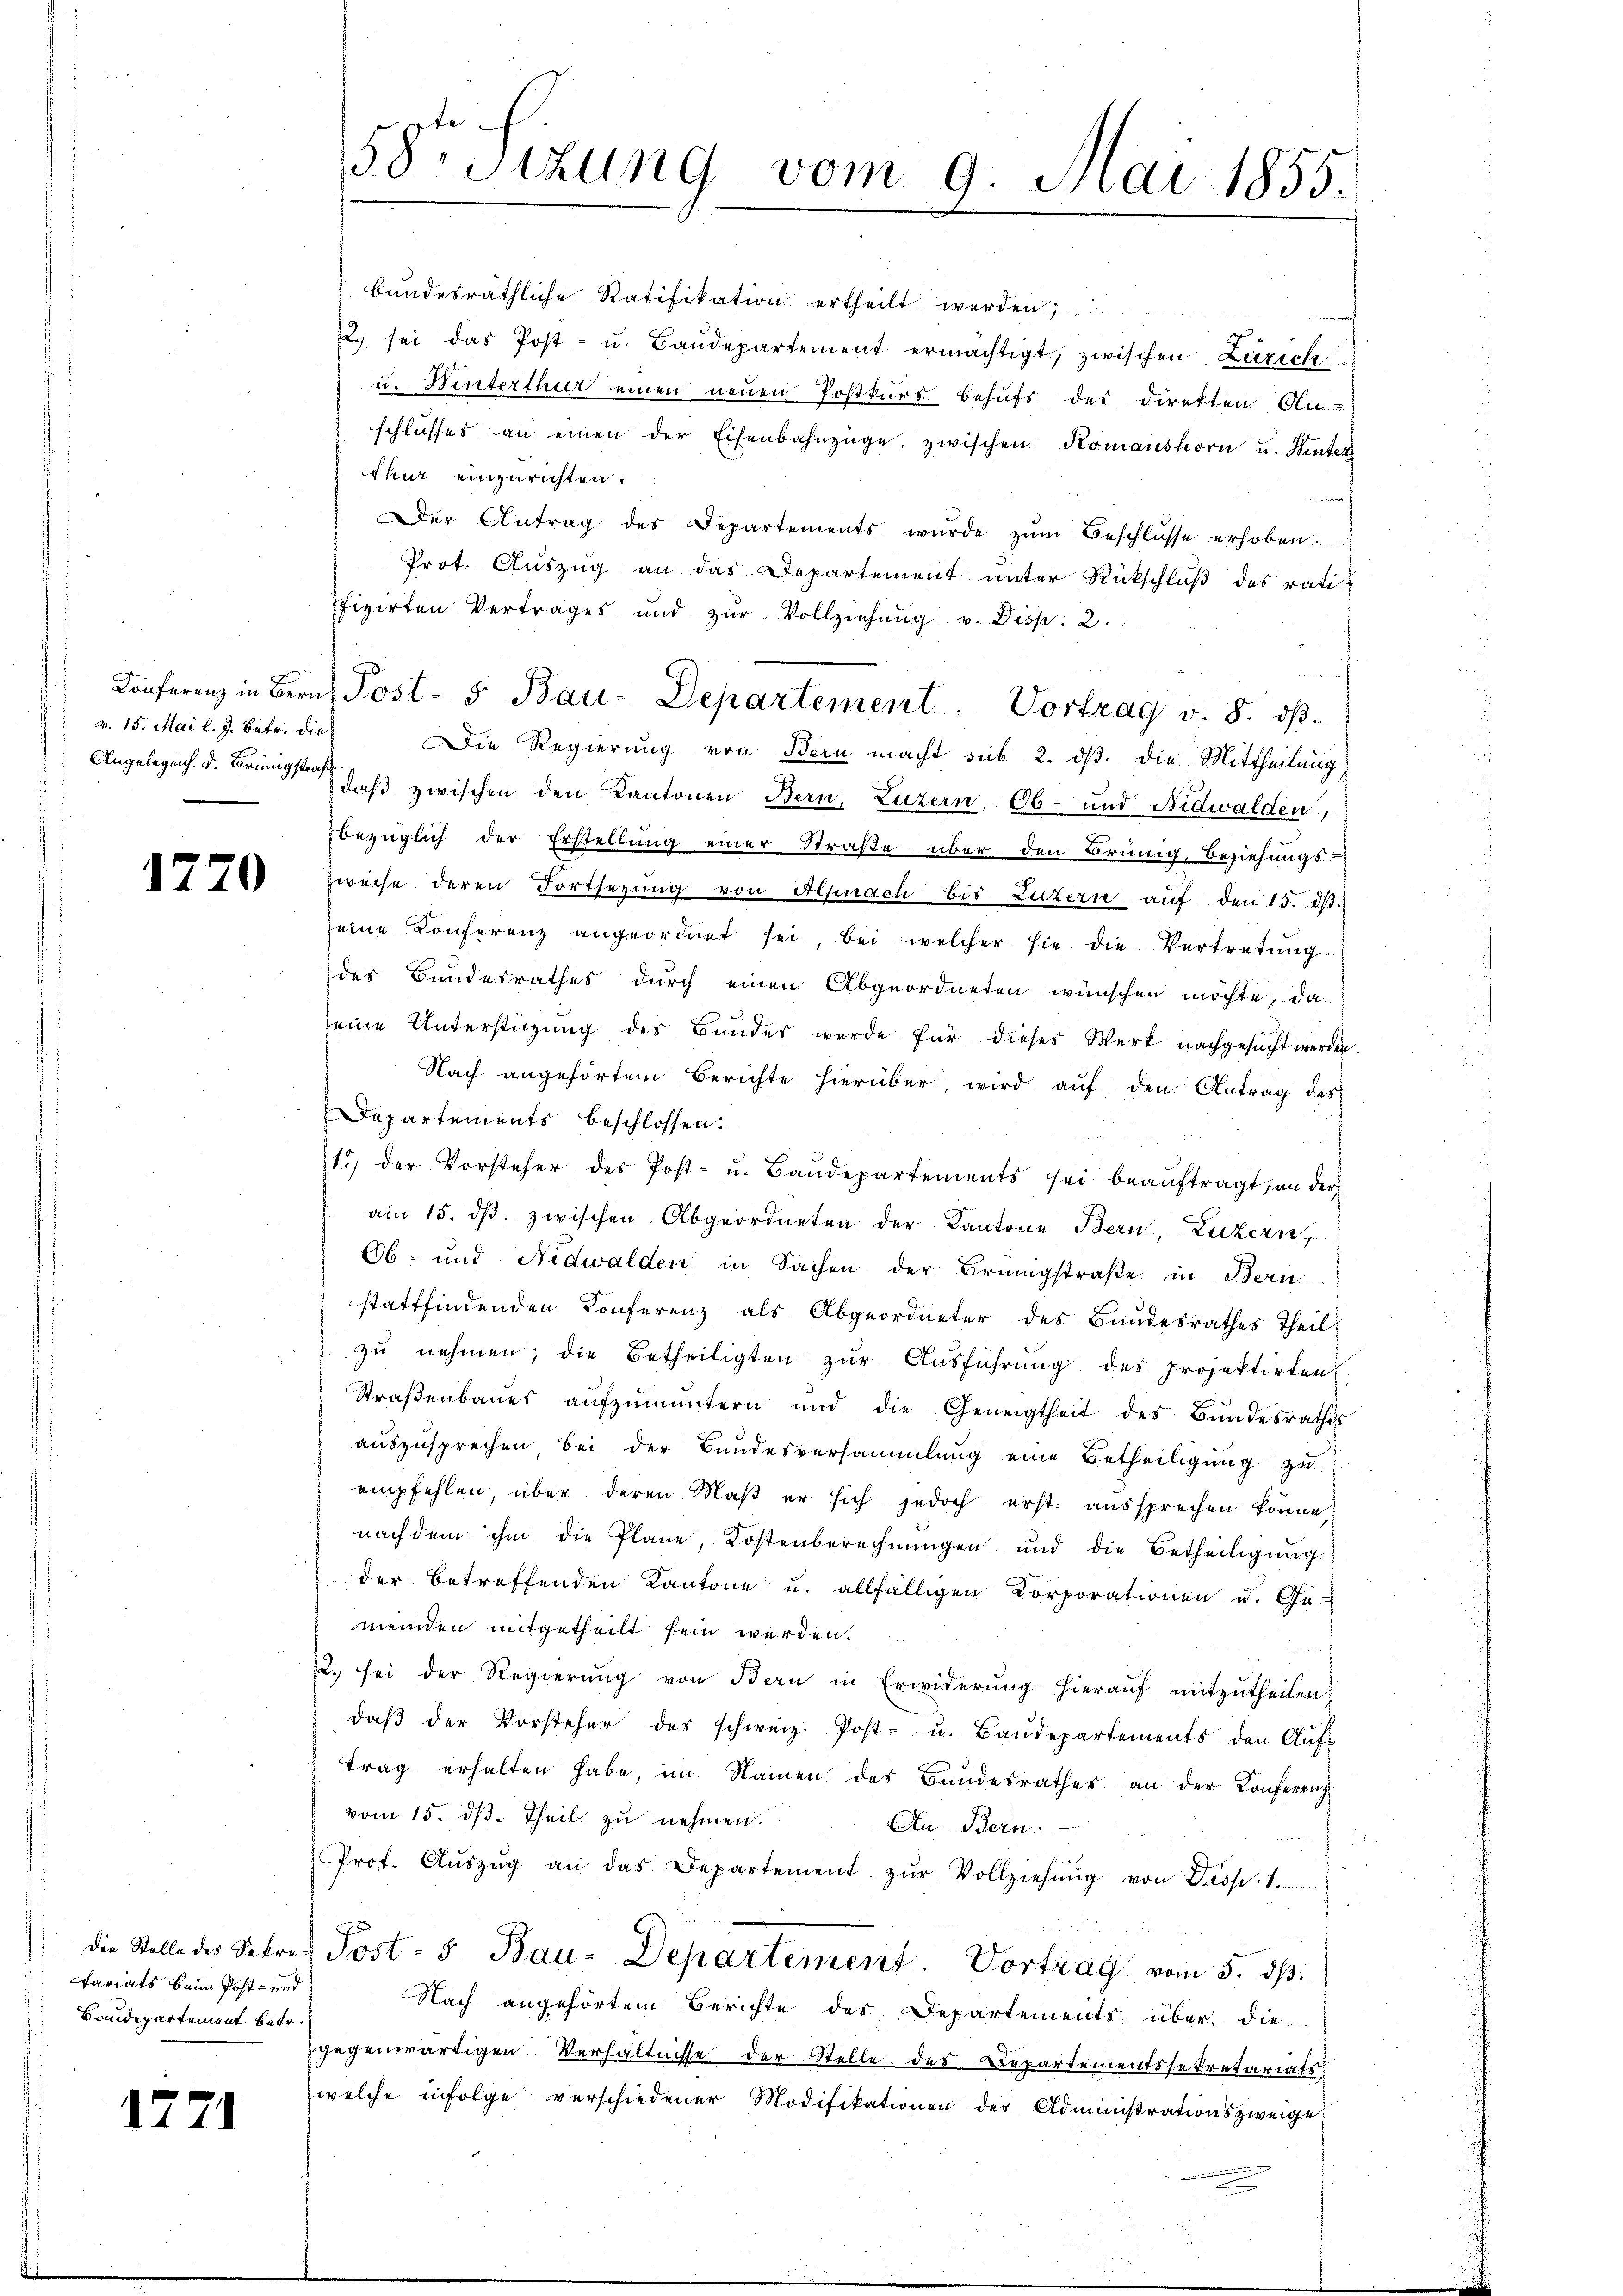
v. 15. Mai l. J. Betr. die
Angelegenh. d. Brünigstraß

1270

tariats beim Post- und
Baudepartement betr.

1771

bundesräthliche Ratifikation ertheilt werden;
2. sei das Post- u. Baŭdepartement ermächtigt, zwischen Zürich
u. Winterthur einen neuen Postkurs behufs des Direkten An-
schlŭsses an einen der Eisenbahnzüge, zwischen Komanshorn u. Winter
thur einzurichten:
Der Antrag des Departements würde zŭm Beschlüsse erhoben
Prot. Auszug an das Departement unter Rückschluß des ratifizirten Vertrages und zŭr Vollziehŭng v. Disp. 2.
Die Regierung von Bern macht sub 2. dβ die Mittheilung
 daß zwischen den Kantonen Bern, Luzern, Ob- und Nidwalden,
bezüglich der Erstellung einer Straße über den Brung, Beziehungs
zweise deren Fortsetzŭng von Alpnach bis Luzern aŭf den 15. dβ.
seine Konferenz angeordnet sei, bei welcher sie die Vertretŭng
des Bundesrathes durch einen Abgeordneten wünschen möchte, da
seine Unterstüzung des Bundes werde für dieses Werk nachgesŭcht werden.
Nach angehörtem Berichte hierüber, wird auf den Antrag des
Departements beschlossen.
1., der Vorsteher des Post- u. Baŭdepartements sei beaŭftragt, an der
am 15. dβ. zwischen Abgeordneten der Kantone Bern, Luzern,
Ob- und Nidwalden in Sachen der Brüngstraße in Bern
stattfindenden Konferenz als Abgeordneter des Bundesrathes Theil
zu nehmen; die Betheiligten zur Ausführung des projektirten
Straßenbaŭes aŭfzŭmuntern und die Geneigtheit des Bŭndesrathes
auszusprechen, bei der Bundesversammlung eine Betheiligung zu
empfehlen, über deren Maß er sich jedoch erst aussprechen könne
nach dem ihm die Plane, Kostenberechnŭngen und die Betheiligŭng
der betreffenden Kantone u. allfälligen Corporationen u. Ge-
meinden mitgetheilt sein werden.
22. sei der Regierung von Bern in Erwiderung hierauf mitzutheilen,
daβ der Vorsteher des schweiz. Post- u. Baŭdepartements den Auf-
trag erhalten habe, im Namen des Bundesrathes an der Konferenz
vom 15. dβ. Theil zu nehmen.
An Bern.
¬
Prof. Aŭszŭg an das Departement zŭr Vollziehŭng von Disp. 1.
 die Stelle des Sekret Post- 5. Bau-Departement. Vortrag vom 5. ds.
Nach angehörtem Berichte des Departements über die
gegenwärtigen Verhältnisse der Stelle des Departementssekretariats
welche infolge verschiedener Modifikationen der Administrationszweige

58 Sizung vom 9. Mai 1855.

Konferenz in Bern Post- 5. Bau-Departement. Vortrag v. 8. dβ.